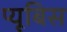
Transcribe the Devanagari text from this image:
प्यूबिस